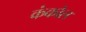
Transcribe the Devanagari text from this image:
कंकोल